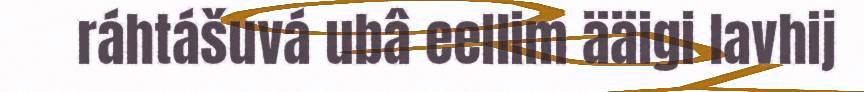
ráhtášuvá ubâ eellim ääigi lavhij